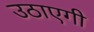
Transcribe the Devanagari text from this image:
उठाएगी